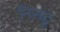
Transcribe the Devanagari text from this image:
निसटू